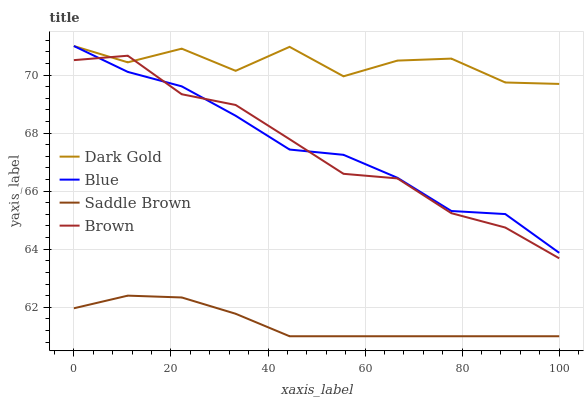
| xaxis_label | Dark Gold | Blue | Saddle Brown | Brown |
 | --- | --- | --- | --- | --- |
 | 0 | 71 | 71 | 62 | 70.5 |
 | 11.1 | 70.4 | 70.1 | 62.4 | 70.7 |
 | 22.2 | 70.9 | 69.6 | 62.3 | 69.3 |
 | 33.3 | 70.1 | 68.6 | 61.8 | 69 |
 | 44.4 | 71 | 67.4 | 61 | 67.8 |
 | 55.6 | 70 | 67.3 | 61 | 66.6 |
 | 66.7 | 70.5 | 66.5 | 61 | 66.4 |
 | 77.8 | 70.6 | 65.3 | 61 | 65.2 |
 | 88.9 | 69.7 | 65.2 | 61 | 64.7 |
 | 100 | 69.7 | 63.9 | 61 | 63.7 |